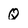
Character: Q